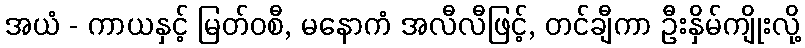
အယံ - ကာယနှင့် မြတ်ဝစီ, မနောကံ အလီလီဖြင့်, တင်ချီကာ ဦးနှိမ်ကျိုးလို့